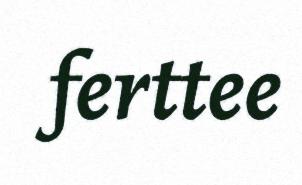
ferttee